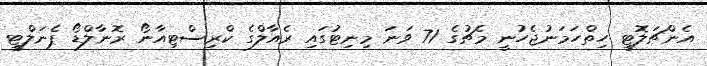
އެންޗަލޮޓީ ހިތްހަމަނުޖެހުނީ މެޗުގެ 71 ވަނަ މިނިޓުގައި ރެއާލްގެ ކްރިސްޓިއާނޯ ރޮނާލްޑޯ ޕެނަލްޓީ